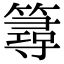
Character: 𥳍